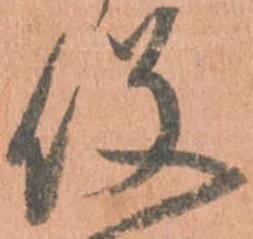
役